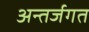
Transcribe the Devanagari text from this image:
अन्तर्जगत